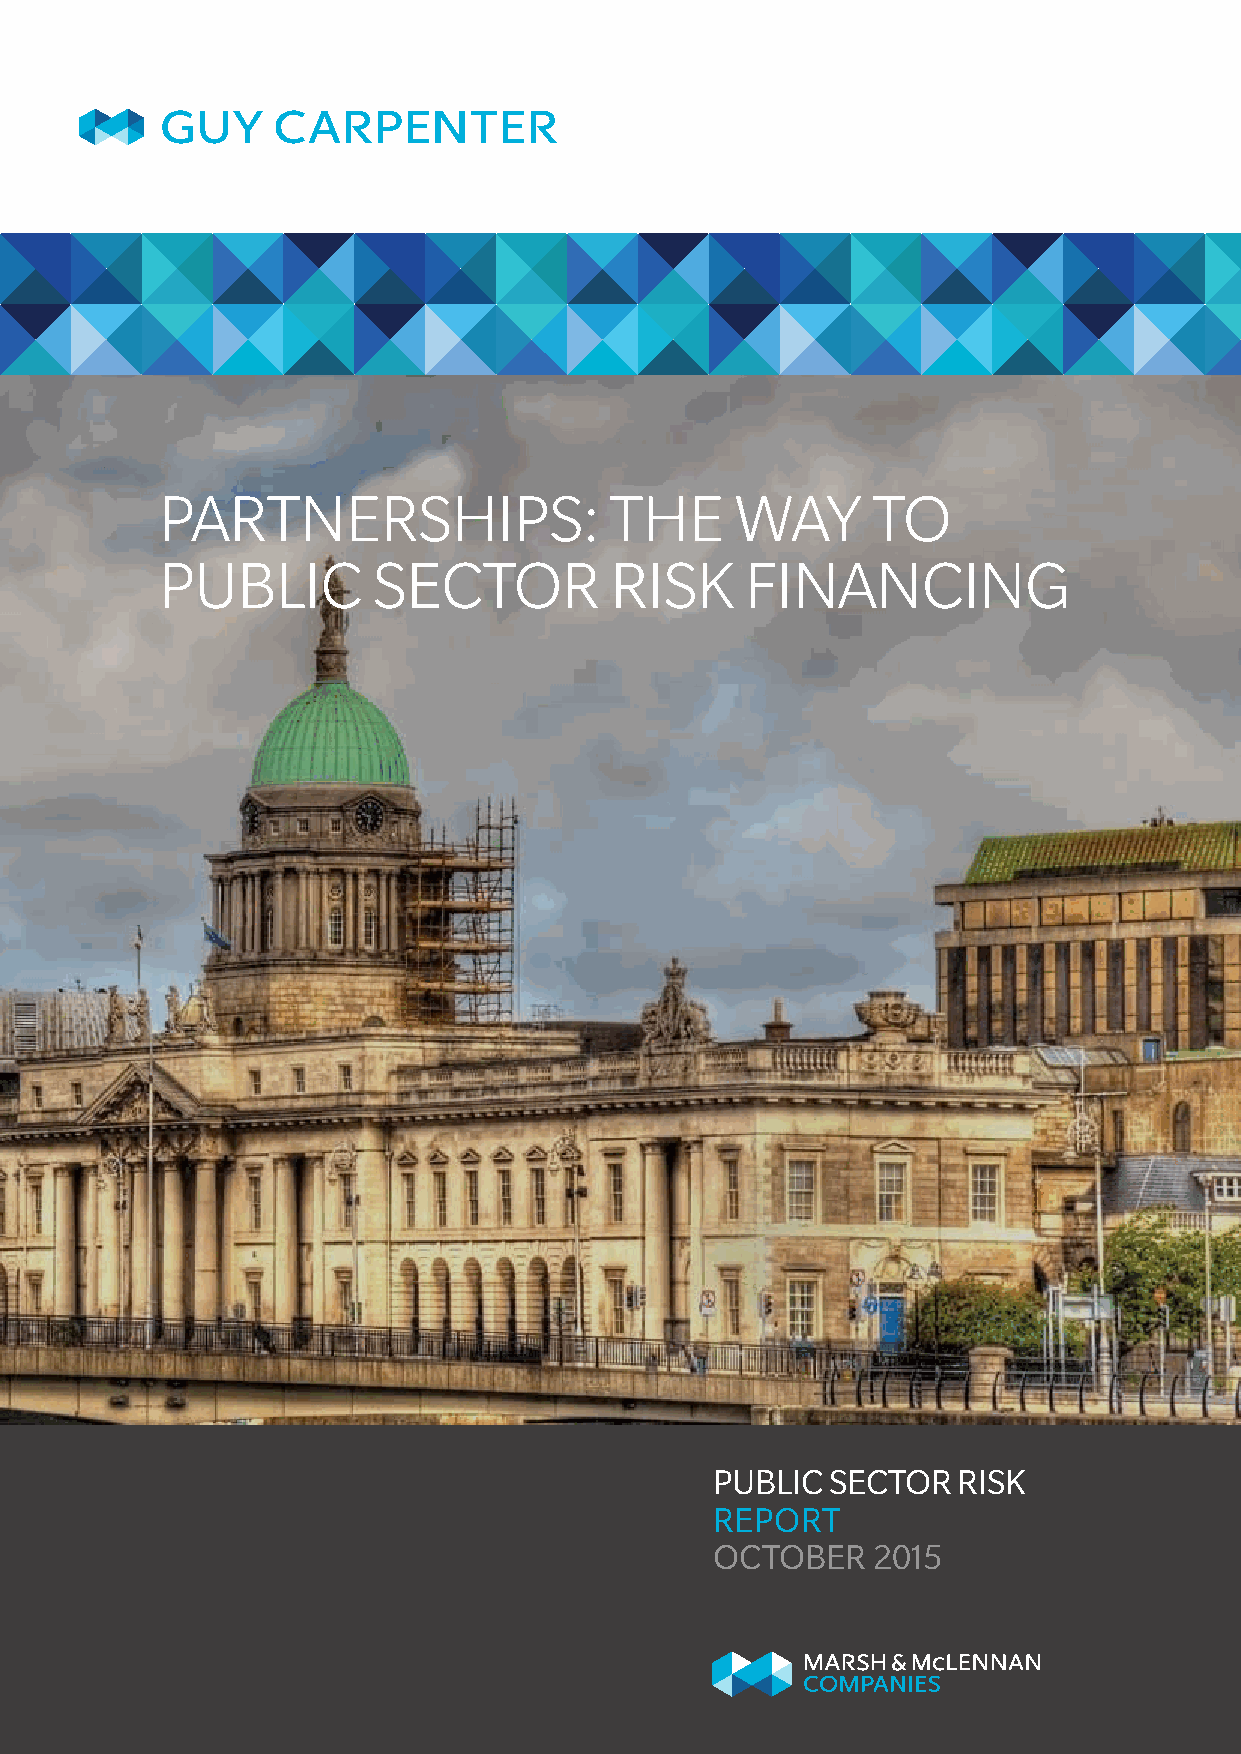
PartnershiPs:                the      Way      to
 Public        sector         risk     Financing
 PUBLIC  SECTOR  RISK
 REPORT
 OCTOBER    2015